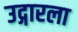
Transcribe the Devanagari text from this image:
उद्गारला